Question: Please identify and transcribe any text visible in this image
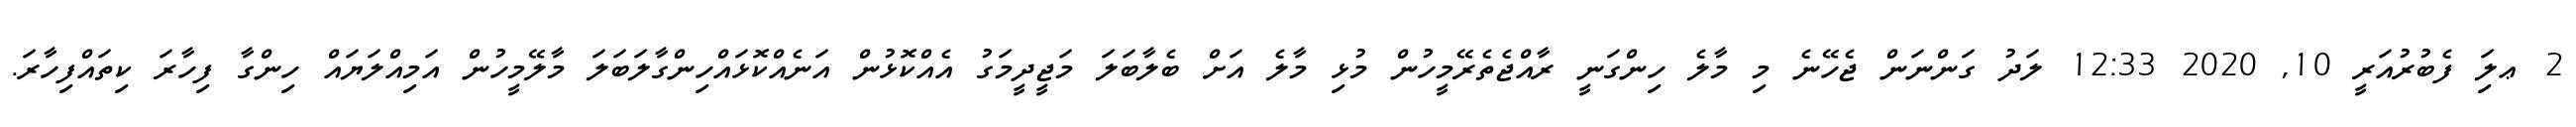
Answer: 2 ޢލަި ފެބުރުއަރީ 10, 2020 12:33 ލަދު ގަންނަން ޖެހޭނެ މި މާލެ ހިންގަނީ ރާއްޖެތެރޭމީހުން މުޅި މާލެ އަށް ބެލާބަލަ މަޖީދީމަގު އެއްކޮޅުން އަނެއްކޮޅައްހިންގާލަބަލަ މާލޭމީހުން އަމިއްލަޔައް ހިންގާ ފިހާރަ ކިތައްފިހާރަ.